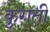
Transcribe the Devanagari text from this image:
कुगती